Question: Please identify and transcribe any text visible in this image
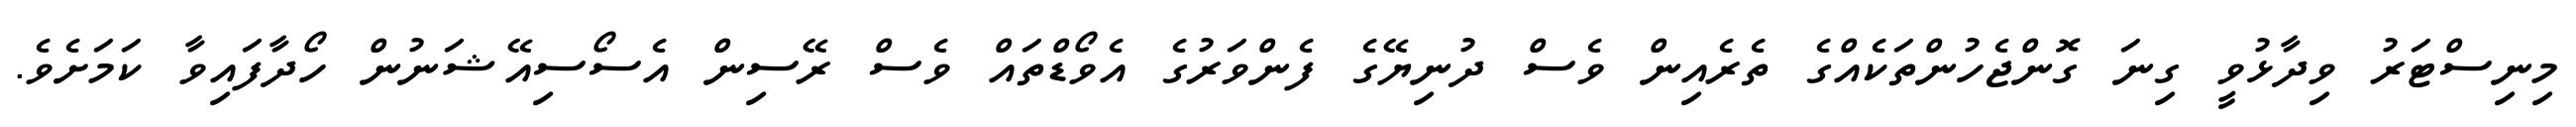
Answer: މިނިސްޓަރު ވިދާޅުވީ ގިނަ ގޮންޖެހުންތަކެއްގެ ތެރެއިން ވެސް ދުނިޔޭގެ ފެންވަރުގެ އެވޯޑްތައް ވެސް ރޭސިން އެސޯސިއޭޝަނުން ހޯދާފައިވާ ކަމަށެވެ.